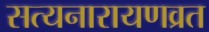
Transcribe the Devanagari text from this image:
सत्यनारायणव्रत